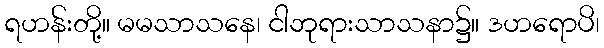
ရဟန်းတို့။ မမသာသနေ၊ ငါဘုရားသာသနာ၌။ ဒဟရောပိ၊